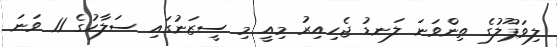
ލިވަޕޫލުގެ ތިންވަނަ ލަނޑު ޖެހިއިރު މިއީ މި ސީޒަނުގައި ސަލާހުގެ 11 ވަނަ